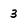
Character: 3